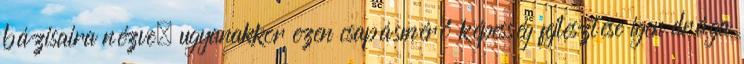
bázisaira nézve, ugyanakkor ezen csapásmérő képesség fejlesztése igen drága